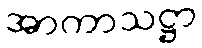
အာကာသဋ္ဌာ